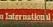
internationa;